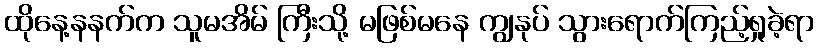
ထိုနေ့နနက်က သူမအိမ် ကြီးသို့ မဖြစ်မနေ ကျွနုပ် သွားရောက်ကြည့်ရှုခဲ့ရာ